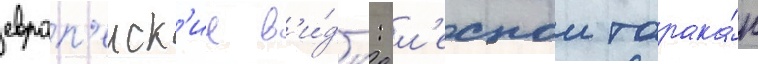
европ'еиск'ие в'и́ды: л'еснои тарака́н